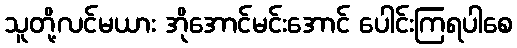
သူတို့လင်မယား အိုအောင်မင်းအောင် ပေါင်းကြရပါစေ